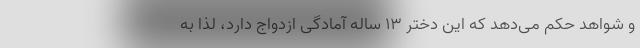
و شواهد حکم می‌دهد که این دختر ۱۳ ساله آمادگی ازدواج دارد، لذا به